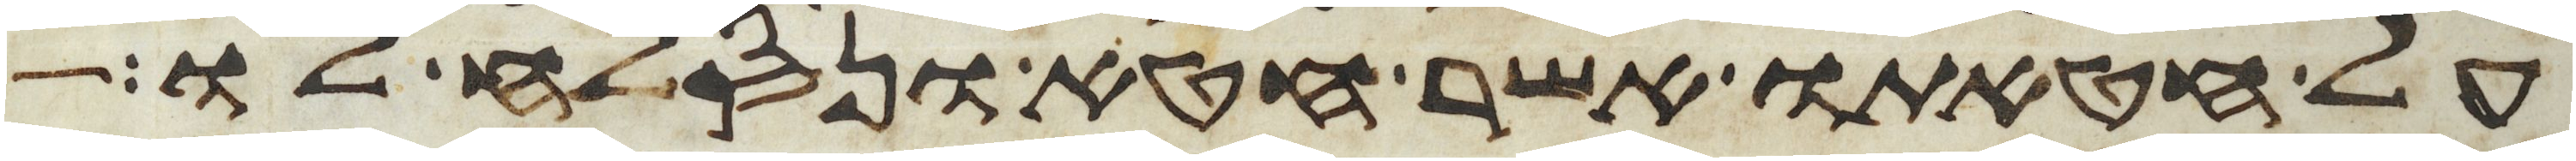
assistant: על חטאתו אשר חטא ונסלח לו